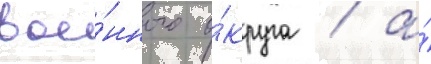
вое́нного о́круга / а́